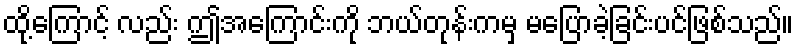
ထို့ကြောင့် လည်း ဤအကြောင်းကို ဘယ်တုန်းကမှ မပြောခဲ့ခြင်းပင်ဖြစ်သည်။